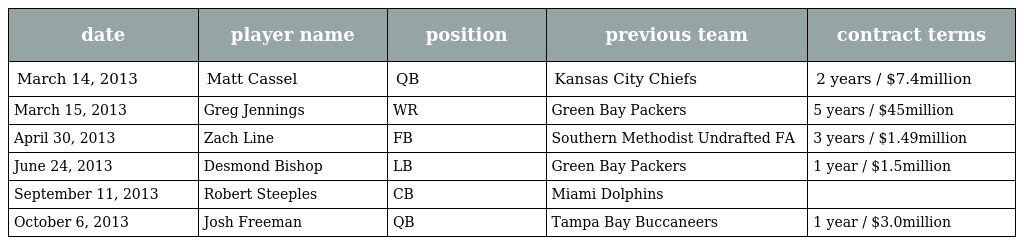
| date | player name | position | previous team | contract terms |
 | --- | --- | --- | --- | --- |
 | March 14, 2013 | Matt Cassel | QB | Kansas City Chiefs | 2 years / $7.4million |
 | March 15, 2013 | Greg Jennings | WR | Green Bay Packers | 5 years / $45million |
 | April 30, 2013 | Zach Line | FB | Southern Methodist Undrafted FA | 3 years / $1.49million |
 | June 24, 2013 | Desmond Bishop | LB | Green Bay Packers | 1 year / $1.5million |
 | September 11, 2013 | Robert Steeples | CB | Miami Dolphins |  |
 | October 6, 2013 | Josh Freeman | QB | Tampa Bay Buccaneers | 1 year / $3.0million |